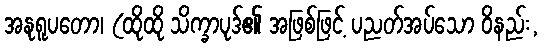
အနုရူပတော၊ (ထိုထို သိက္ခာပုဒ်၏ အဖြစ်ဖြင့် ပညတ်အပ်သော ဝိနည်း,